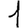
Digit: 1